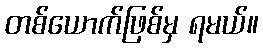
တစ်ယောက်ဖြစ်မှ ရမယ်။